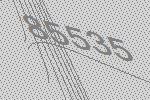
85535